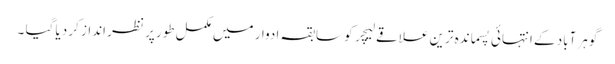
گوہر آباد کے انتہائی پسماندہ ترین علاقے لیچر کو سابقہ ادوار میں مکمل طور پر نظر انداز کر دیا گیا ۔